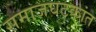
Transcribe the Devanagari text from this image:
समाजघटकांत